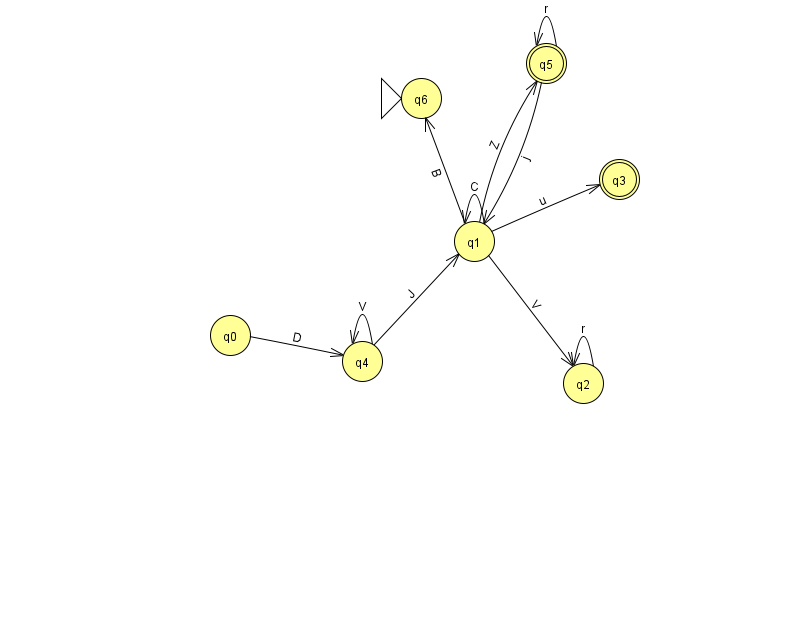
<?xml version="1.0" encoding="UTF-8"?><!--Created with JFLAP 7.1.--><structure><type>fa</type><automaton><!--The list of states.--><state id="0" name="q0"><x>230.0</x><y>322.0</y></state><state id="1" name="q1"><x>474.0</x><y>228.0</y></state><state id="2" name="q2"><x>583.0</x><y>370.0</y></state><state id="3" name="q3"><x>619.0</x><y>166.0</y><final/></state><state id="4" name="q4"><x>362.0</x><y>348.0</y></state><state id="5" name="q5"><x>546.0</x><y>50.0</y><final/></state><state id="6" name="q6"><x>421.0</x><y>85.0</y><initial/></state><!--The list of transitions.--><transition><from>4</from><to>1</to><read>J</read></transition><transition><from>2</from><to>2</to><read>r</read></transition><transition><from>5</from><to>5</to><read>r</read></transition><transition><from>1</from><to>1</to><read>C</read></transition><transition><from>1</from><to>2</to><read>V</read></transition><transition><from>1</from><to>6</to><read>B</read></transition><transition><from>4</from><to>4</to><read>V</read></transition><transition><from>1</from><to>5</to><read>Z</read></transition><transition><from>5</from><to>1</to><read>j</read></transition><transition><from>1</from><to>3</to><read>u</read></transition><transition><from>0</from><to>4</to><read>D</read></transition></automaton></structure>